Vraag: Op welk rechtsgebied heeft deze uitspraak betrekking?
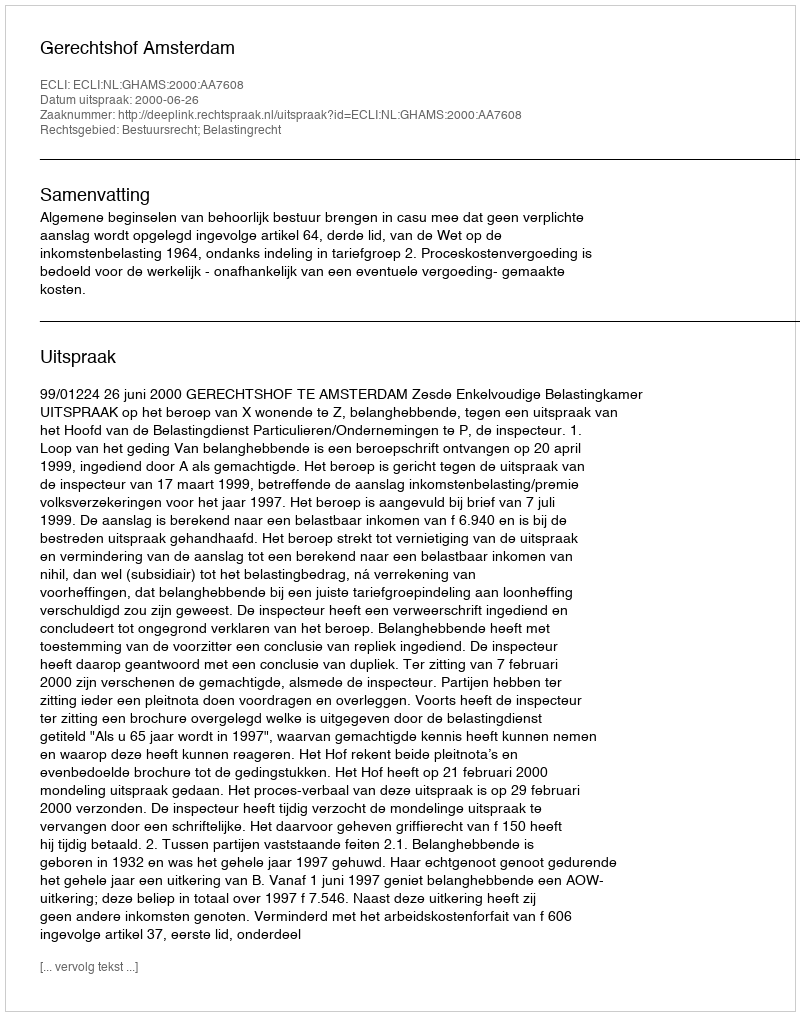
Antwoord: Bestuursrecht; Belastingrecht